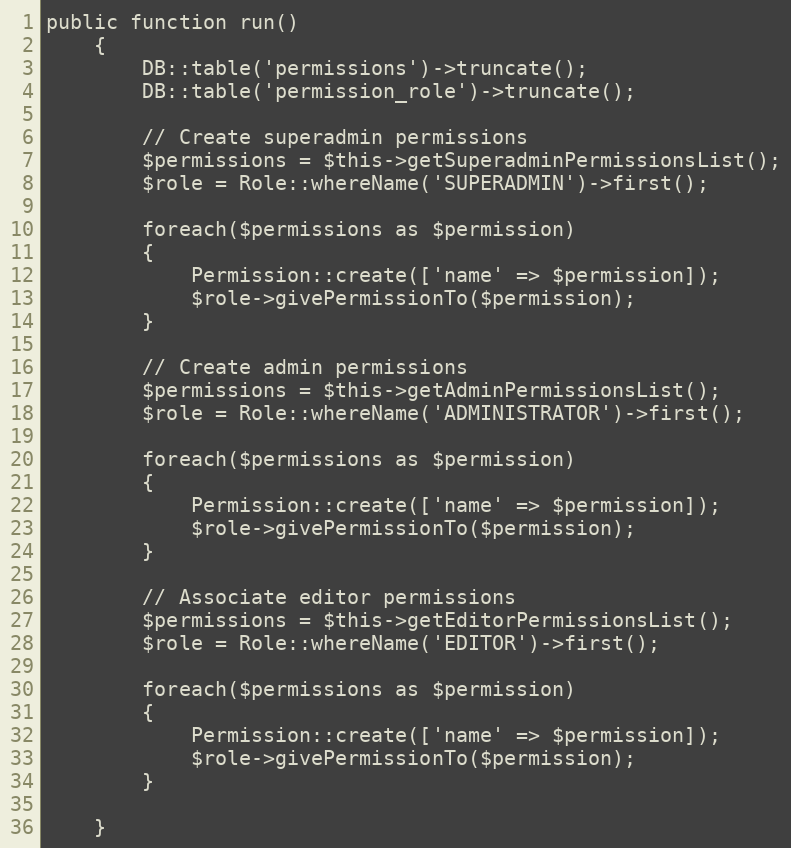
Language: PHP
public function run()
    {
        DB::table('permissions')->truncate();
        DB::table('permission_role')->truncate();

        // Create superadmin permissions
        $permissions = $this->getSuperadminPermissionsList();
        $role = Role::whereName('SUPERADMIN')->first();

        foreach($permissions as $permission)
        {
            Permission::create(['name' => $permission]);
            $role->givePermissionTo($permission);
        }

        // Create admin permissions
        $permissions = $this->getAdminPermissionsList();
        $role = Role::whereName('ADMINISTRATOR')->first();

        foreach($permissions as $permission)
        {
            Permission::create(['name' => $permission]);
            $role->givePermissionTo($permission);
        }

        // Associate editor permissions
        $permissions = $this->getEditorPermissionsList();
        $role = Role::whereName('EDITOR')->first();

        foreach($permissions as $permission)
        {
            Permission::create(['name' => $permission]);
            $role->givePermissionTo($permission);
        }

    }